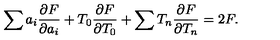
\sum a _ { i } \frac { \partial F } { \partial a _ { i } } + T _ { 0 } \frac { \partial F } { \partial T _ { 0 } } + \sum T _ { n } \frac { \partial F } { \partial T _ { n } } = 2 F .